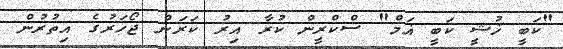
"ކަބީ ޚުޝީ ކަބީ ޣަމް" ސްކްރީން ކުރާ އިރު ކަރަން ޖޯހަރުގެ އިތުރުން